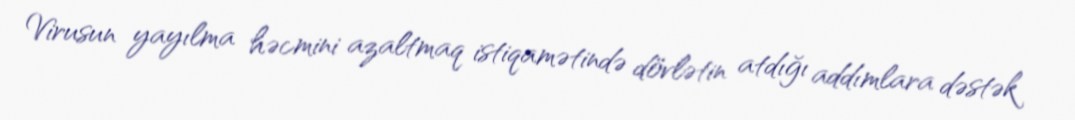
Virusun yayılma həcmini azaltmaq istiqamətində dövlətin atdığı addımlara dəstək